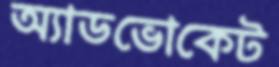
অ্যাডভোকেট